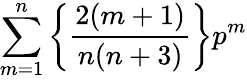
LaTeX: \sum_{m=1}^{n}\left\{ \frac{2(m+1)}{n(n+3)}\right\} p^{m}